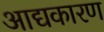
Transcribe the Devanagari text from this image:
आद्यकारण